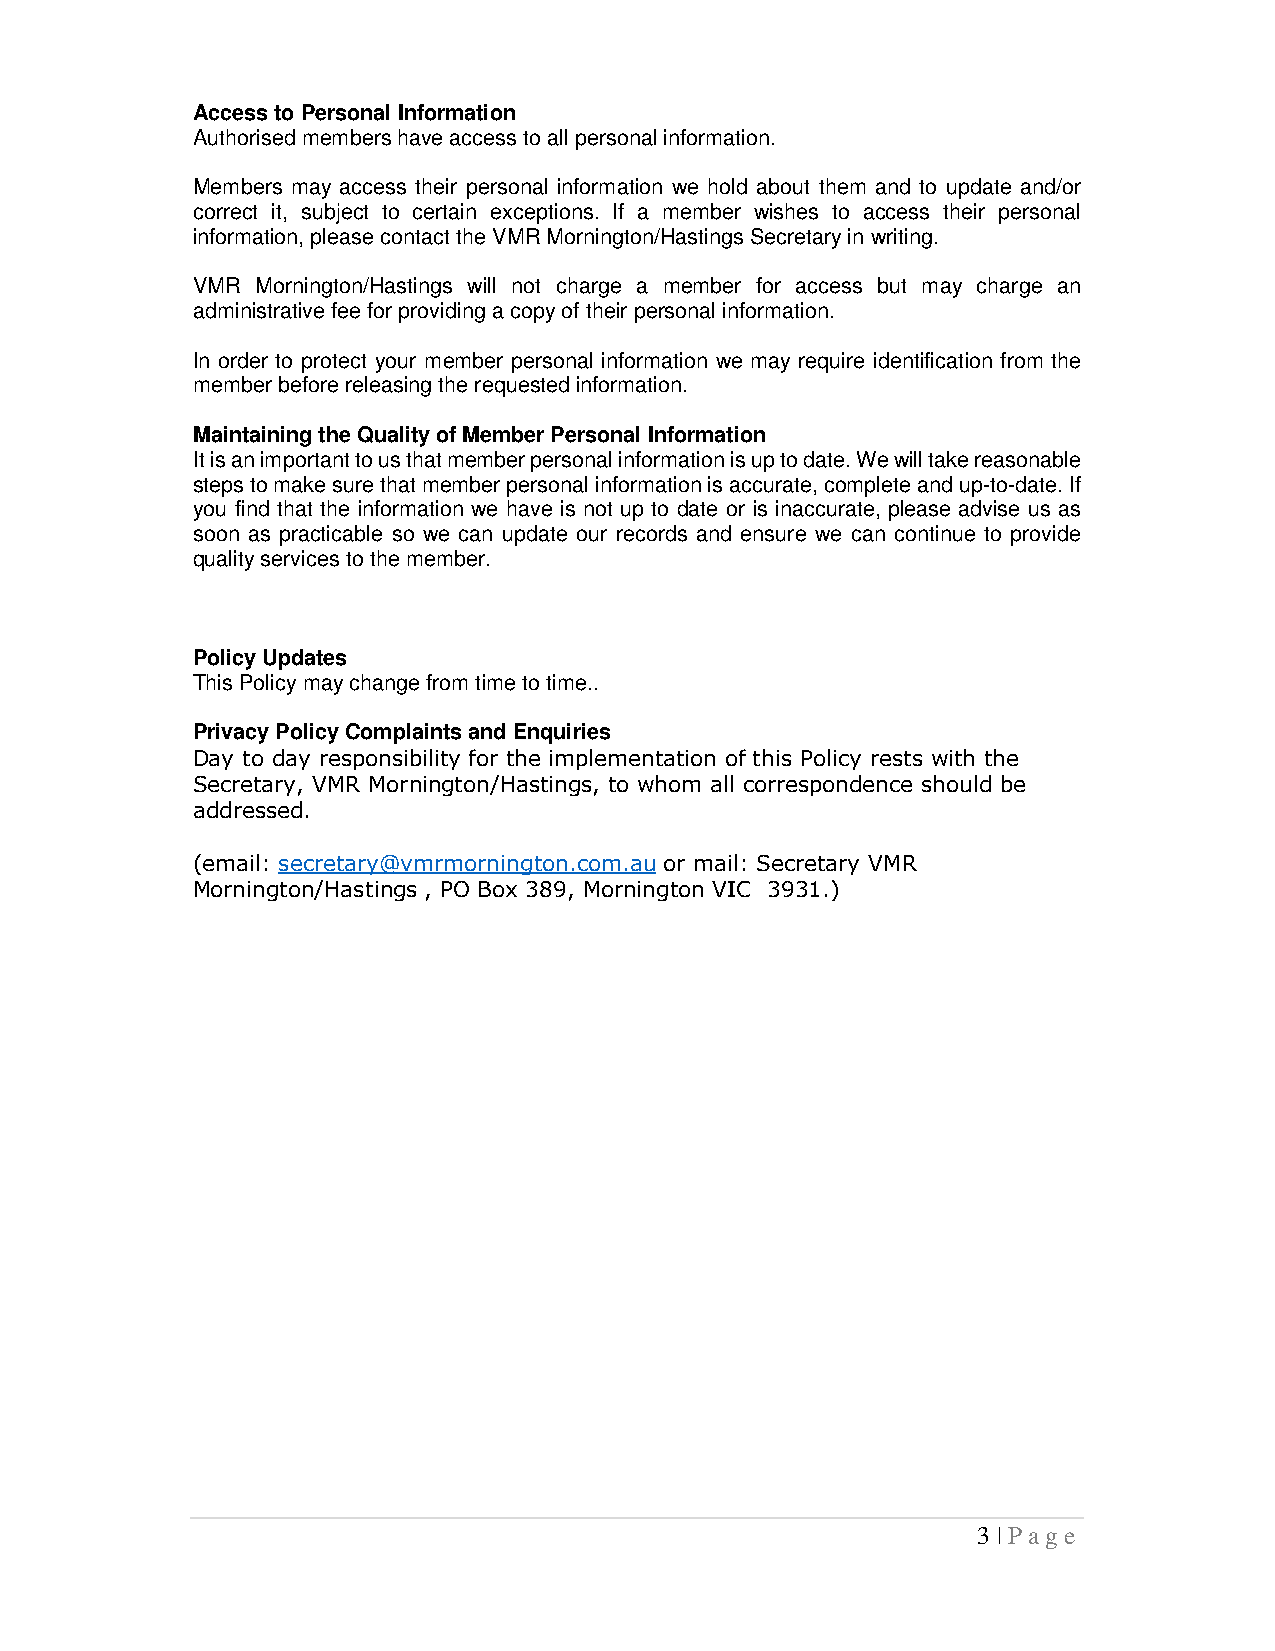
Access to Personal Information
 Authorised members have access to all personal information.
 Members may access their personal information we hold about them and to update and/or
 correct it, subject to certain exceptions. If a member wishes to access their personal
 information, please contact the VMR Mornington/Hastings Secretary in writing.
 VMR Mornington/Hastings will not charge a member for access but may charge an
 administrative fee for providing a copy of their personal information.
 In order to protect your member personal information we may require identification from the
 member before releasing the requested information.
 Maintaining the Quality of Member Personal Information
 It is an important to us that member personal information is up to date. We will take reasonable
 steps to make sure that member personal information is accurate, complete and up-to-date. If
 you find that the information we have is not up to date or is inaccurate, please advise us as
 soon as practicable so we can update our records and ensure we can continue to provide
 quality services to the member.
 Policy Updates
 This Policy may change from time to time..
 Privacy Policy Complaints and Enquiries
 Day to day responsibility for the implementation of this Policy rests with the
 Secretary, VMR Mornington/Hastings, to whom all correspondence should be
 addressed.
 (email: secretary@vmrmornington.com.au or mail: Secretary VMR
 Mornington/Hastings , PO Box 389, Mornington VIC 3931.)
 3 | Page